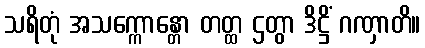
သရိတုံ အသက္ကောန္တော တတ္ထ ဌတွာ ဒိဋ္ဌိံ ဂဏှာတိ။